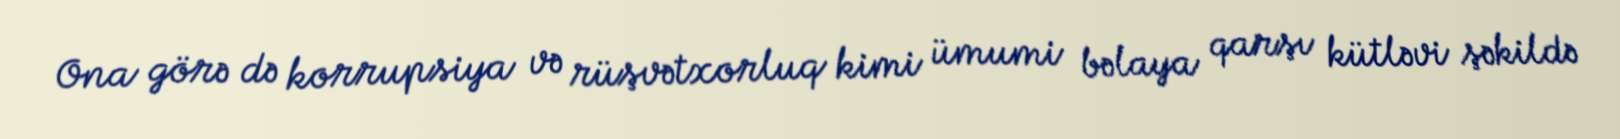
Ona görə də korrupsiya və rüşvətxorluq kimi ümumi bəlaya qarşı kütləvi şəkildə